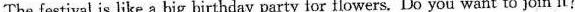
The festival is like a big birthday party for flowers, Do you want to join it?